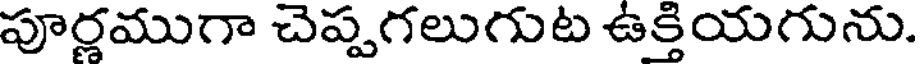
పూర్ణముగా చెప్పగలుగుట ఉక్తియగును.